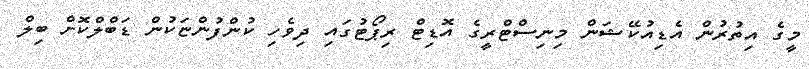
މީގެ އިތުރުން އެޑިއުކޭޝަން މިނިސްޓްރީގެ އޮޑިޓް ރިޕޯޓުގައި ދިވެހި ކުންފުންޏަކުން ޑަބްލްކޮށް ބިލް